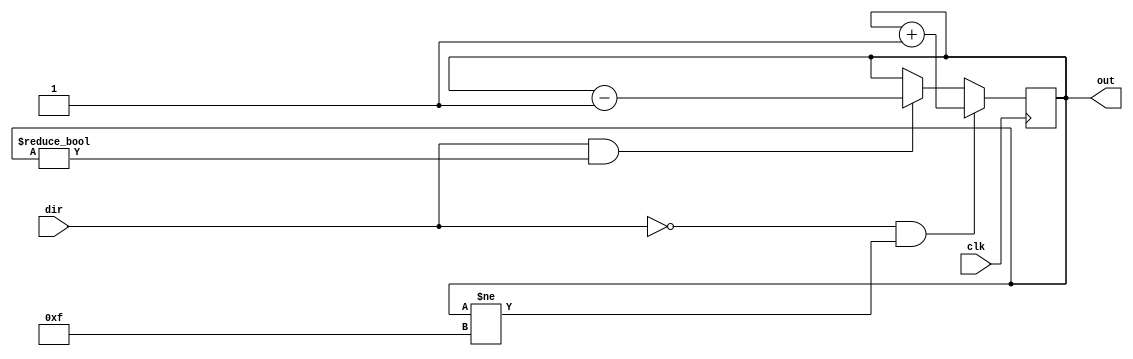
`ifndef UP_DOWN_COUNTER
`define UP_DOWN_COUNTER 1

module UpDownCounter #(
    parameter BITS = 4
) (
    input               clk,
    input               dir, // 0..up, 1..down
    output [BITS - 1:0] out
);
    localparam allBits0 = {BITS{1'b0}};
    localparam allBits1 = {BITS{1'b1}};
    reg[BITS - 1:0] counter = allBits0;

    always @(posedge clk) begin
        counter <=
            ( dir == 0 & counter != allBits1 ? counter + 1 
            : dir == 1 & counter != allBits0 ? counter - 1 
            :                                  counter);
    end

    assign out = counter;
endmodule

`endif